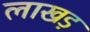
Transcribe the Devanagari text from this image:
लाखड़